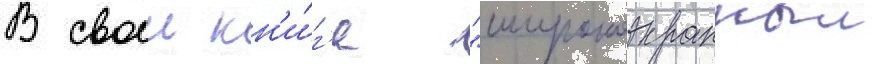
В своеи кн'и́г'е "широкоэкранныи